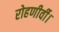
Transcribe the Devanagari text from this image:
रोहणीर्वी।